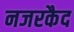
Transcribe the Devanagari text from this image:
नजरकैद